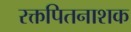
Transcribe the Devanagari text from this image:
रक्तपितनाशक